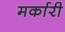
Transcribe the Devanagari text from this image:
मर्कारी